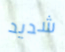
شديد